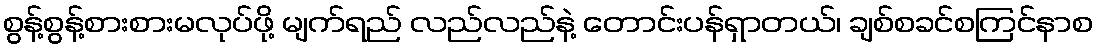
စွန့်စွန့်စားစားမလုပ်ဖို့ မျက်ရည် လည်လည်နဲ့ တောင်းပန်ရှာတယ်၊ ချစ်စခင်စကြင်နာစ